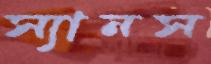
স্যানস